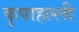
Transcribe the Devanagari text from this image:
कृपाहल्ली